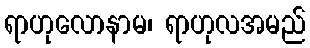
ရာဟုလောနာမ၊ ရာဟုလအမည်